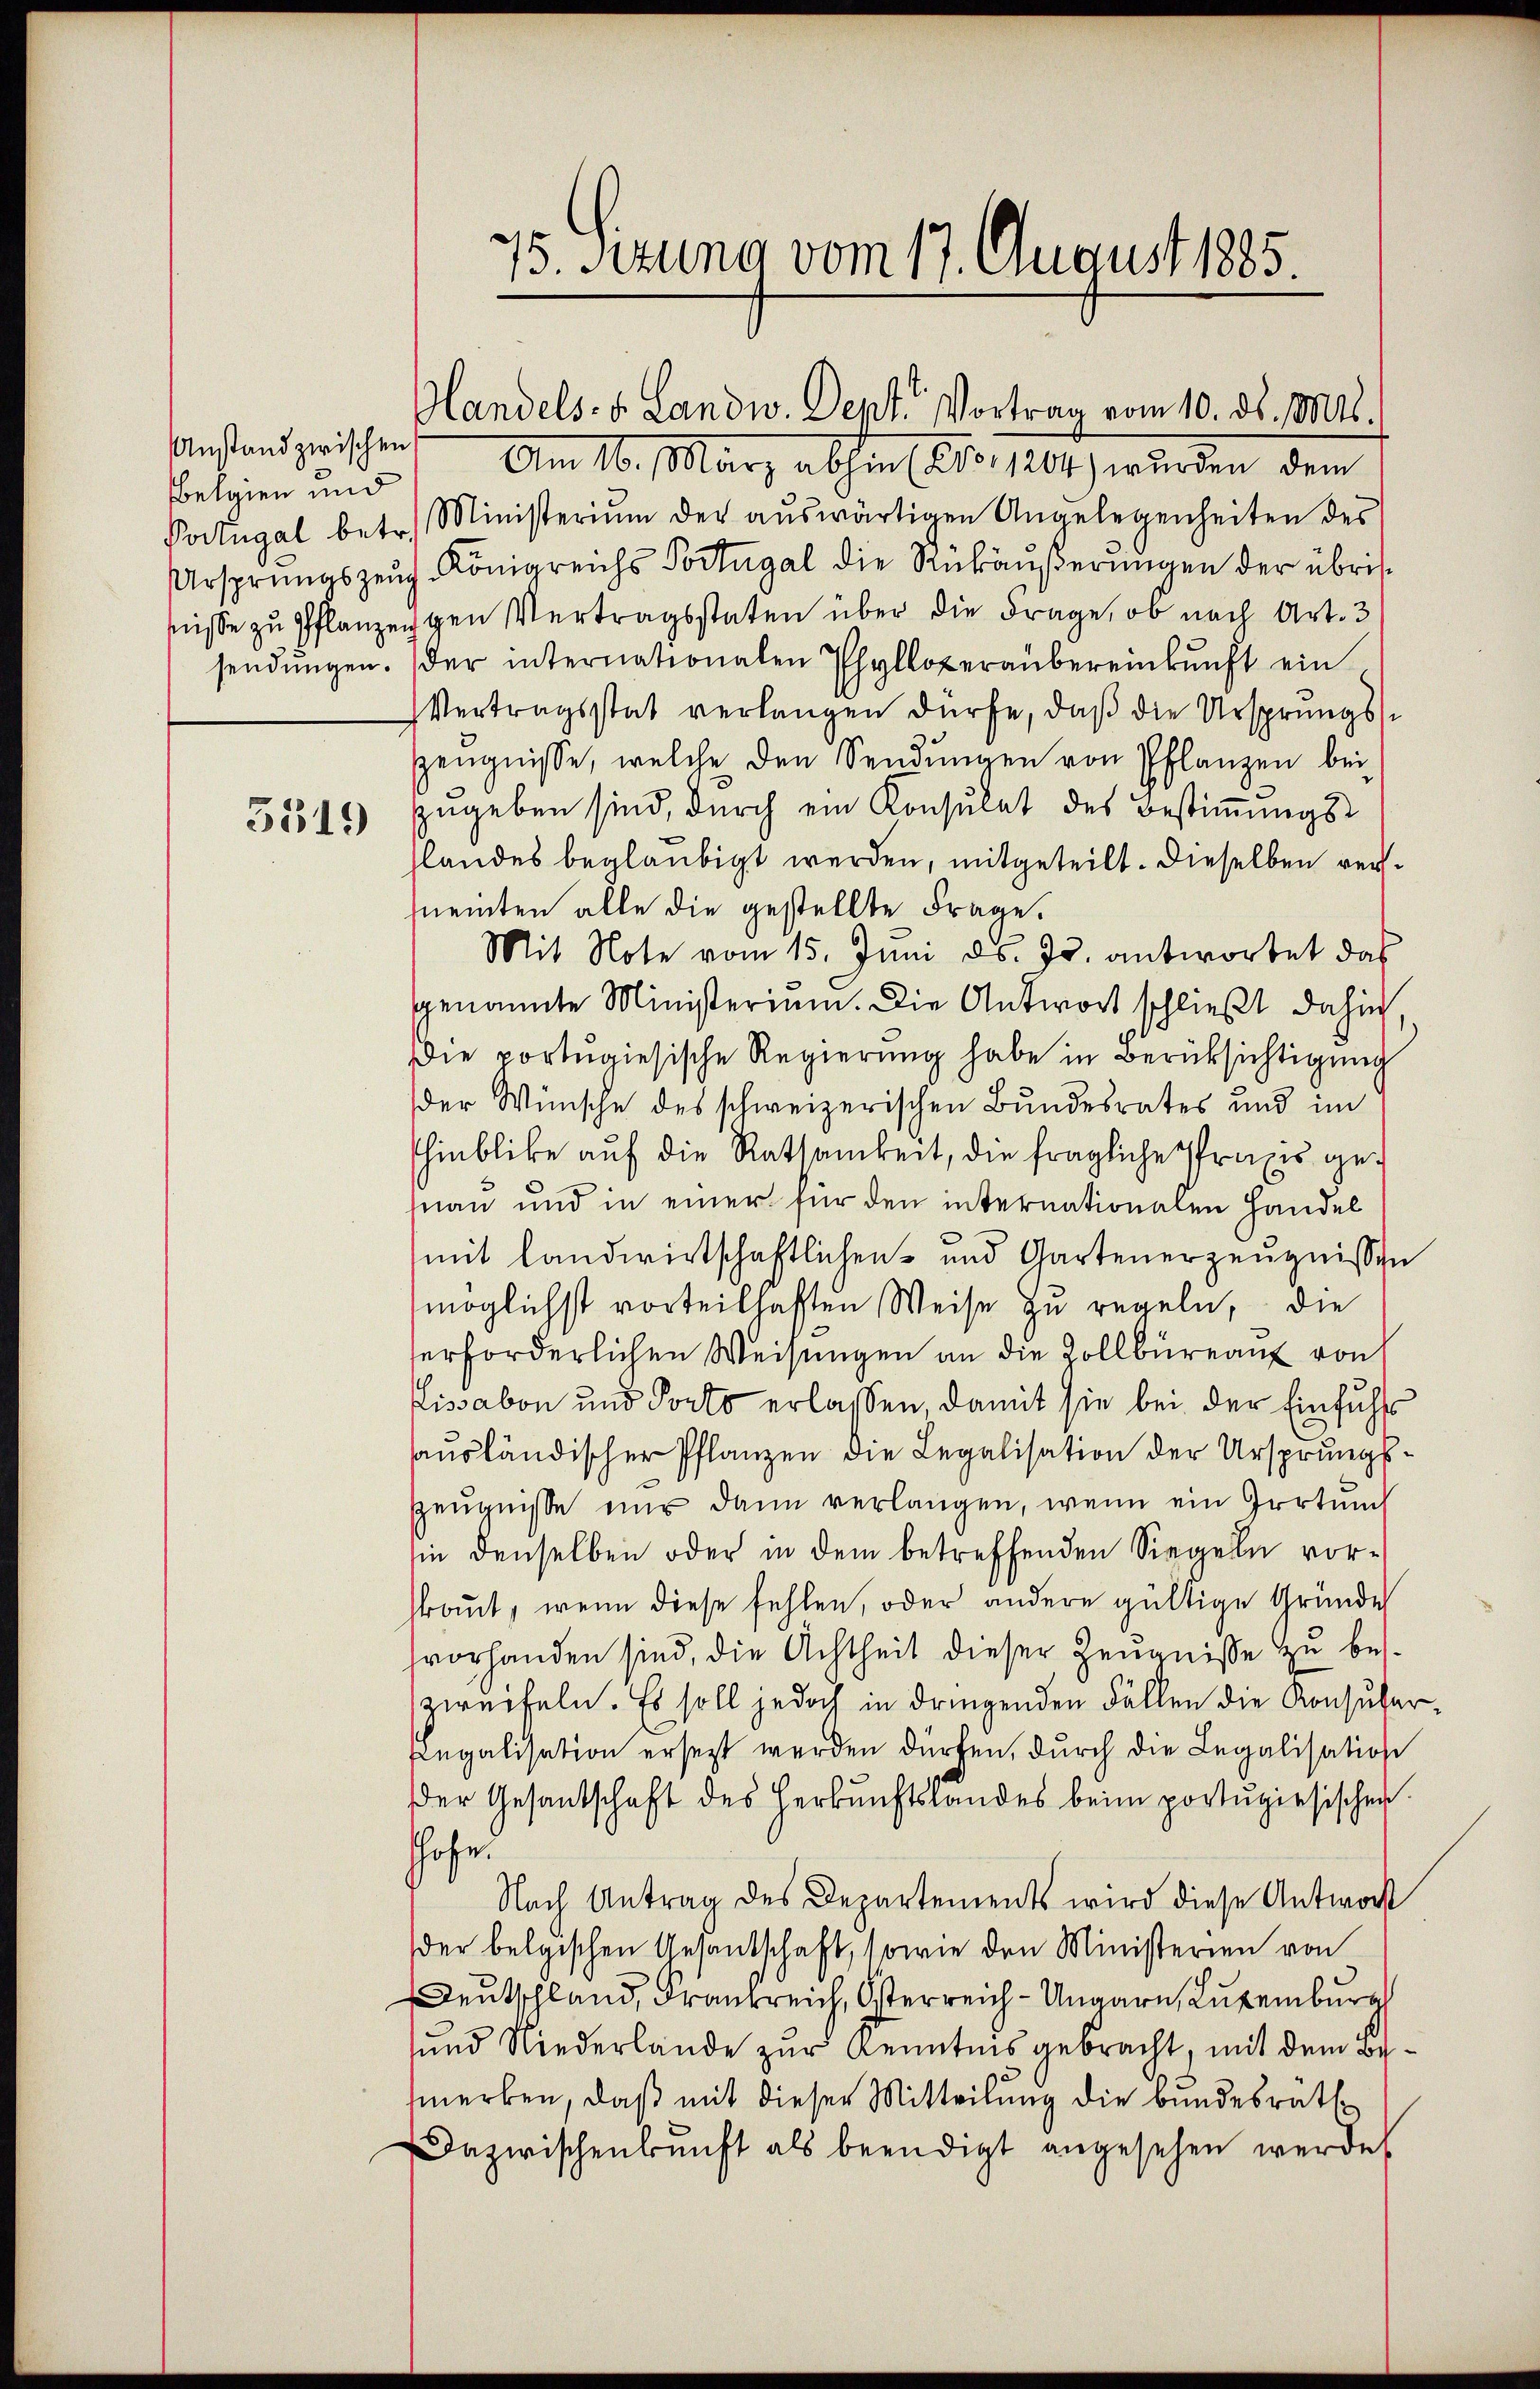
Anstand zwischen
Belgien und

3519

15. Sitzung vom 17. August 1885.

landels- u. Landw. Sept. Vortrag vom 10. ds. Mts.

Am 16. März abhin (210, 1204) wurden dem
Portugal betr. Ministerium der aŭswärtigen Angelegenheiten des
Ursprungszeŭg-Königreichs Portugal die Rükäŭβerŭngen der übrifüsse zu Pflanzengen Vertragsstaten über die Frage, ob nach Art. 3
sendŭngen. Der internationalen Phylloperaubereinkunft ein
Vertragsstat verlangen dürfe, daß die Ursprungs¬
Zeŭgnisse, welche den Sendŭngen von Pflanzen bei
zugeben sind, durch ein Konsulat des Bestimmungsslandes beglaubigt werden, mitgeteilt. Dieselben verneinten alle die gestellte Frage.
Mit Note vom 15. Juni d. Js. antwortet das
genannte Ministerium. Die Antwort schließt dahin
Die portugisische Regierung habe in Berücksichtigung
der Wünsche des schweizerischen Bundesrates und im
hinblicke auf die Ratsamkeit, die fragliche Praxis genau und in einer für den internationalen Handel
mit landwirtschaftlichen und Gartenerzeugnissen
möglichst vorteilhaften Weise zu regeln, die
erforderlichen Weisungen an die Zollbüreau von
Elisabon und Forts erlassen, damit sie bei der Einfühls
ausländischer Pflanzen die Legalisation der Ursprungs¬
Zeugnisse nur dann verlangen, wenn ein Irrtung
in denselben oder in dem betreffenden Siegeln vorstraut, wenn diese fehlen, oder andere gültige Gründe
fvorhanden sind, die Achtheit dieser Zeugnisse zu beszweifeln. Es soll jedoch in dringenden Fällen die Konsular¬
Legalisation ersezt werden dürfen, durch die Legalisation
der Gesantschaft des Herkunftslandes beim portugisischen
Hohe
Nach Antrag des Departements wird diese Antwort
der belgischen Gesandschaft, sowie den Ministerien von
Deutschland, Frankreich, Osterreich-Ungarn, Luxenburg
und Niederlande zur Kenntnis gebracht, mit dem Bemerken, daß mit dieser Mitteilung die Bundesrath
Dazwischenbŭnft als beendigt angesehen werde